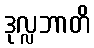
ဒုလ္လဘာတိ